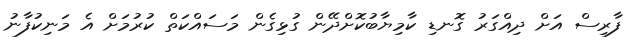
ފާރިސް އަށް ދިއްގަރު ގޮނޑި ކާމިޔާބުކޮށްދޭން ގުޅިގެން މަސައްކަތް ކުރުމަށް އެ މަނިކުފާނު